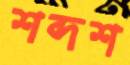
শব্দশ